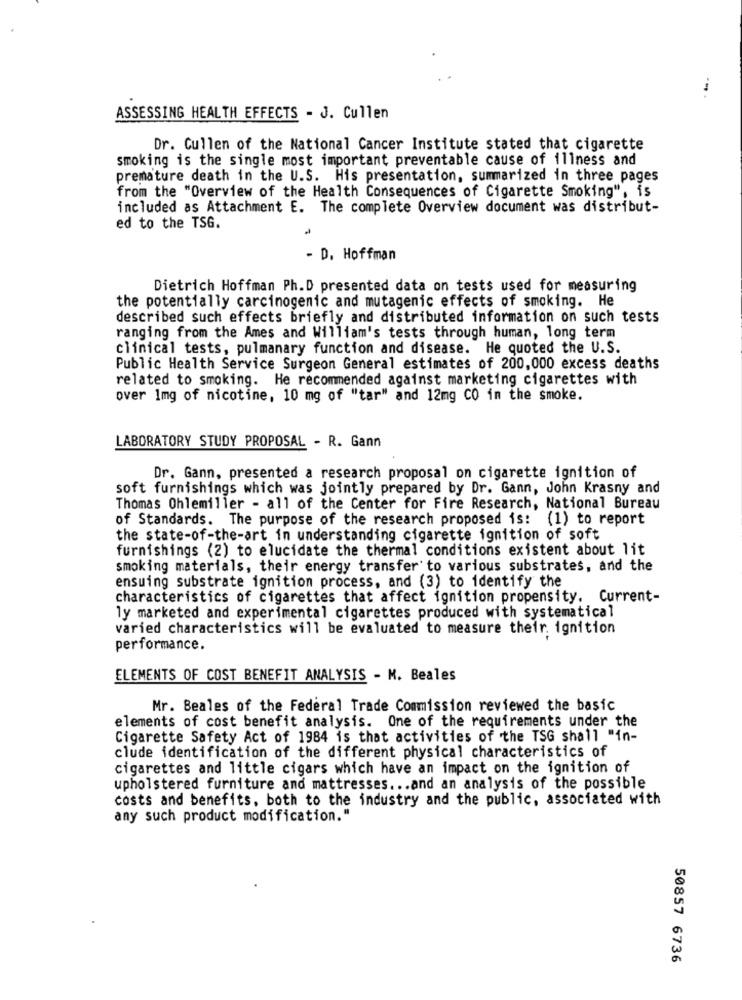
ASSESSING HEALTH EFFECTS - J. Cullen
Dr. Cullen of the National Cancer Institute stated that cigarette
smoking is the single most important preventable cause of illness and
premature death in the U.S. His presentation, summarized in three pages
from the "Overview of the Health Consequences of Cigarette Smoking", is
included as Attachment E. The complete Overview document was distribut-
ed to the TSG.
- D. Hoffman
Dietrich Hoffman Ph.D presented data on tests used for measuring
the potentially carcinogenic and mutagenic effects of smoking. He
described such effects briefly and distributed information on such tests
ranging from the Ames and William's tests through human, long term
clinical tests, pulmanary function and disease. He quoted the U.S.
Public Health Service Surgeon General estimates of 200,000 excess deaths
related to smoking. He recommended against marketing cigarettes with
over 1mg of nicotine, 10 mg of "tar" and 12mg CO in the smoke.
LABORATORY STUDY PROPOSAL - R. Gann
Dr. Gann, presented a research proposal on cigarette ignition of
soft furnishings which was jointly prepared by Dr. Gann, John Krasny and
Thomas Ohlemiller - all of the Center for Fire Research, National Bureau
of Standards. The purpose of the research proposed is: (1) to report
the state-of-the-art in understanding cigarette ignition of soft
furnishings (2) to elucidate the thermal conditions existent about lit
smoking materials, their energy transfer to various substrates, and the
ensuing substrate ignition process, and (3) to identify the
characteristics of cigarettes that affect ignition propensity. Current-
ly marketed and experimental cigarettes produced with systematical
varied characteristics will be evaluated to measure their. ignition
performance.
ELEMENTS OF COST BENEFIT ANALYSIS - M. Beales
Mr. Beales of the Federal Trade Commission reviewed the basic
elements of cost benefit analysis. One of the requirements under the
Cigarette Safety Act of 1984 is that activities of the TSG shall "in-
clude identification of the different physical characteristics of
cigarettes and little cigars which have an impact on the ignition of
upholstered furniture and mattresses ... and an analysis of the possible
costs and benefits, both to the industry and the public, associated with
any such product modification."
50857 6736